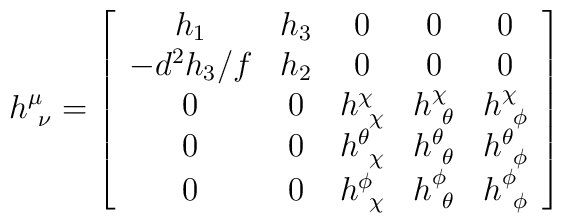
h^\mu_{~\nu} = \left [\begin{array}{ccccc}h_1& h_3 & 0 & 0 & 0 \\-d^2 h_3 /f & h_2 & 0 & 0 & 0 \\0 & 0 & h^\chi_{~\chi} & h^\chi_{~\theta} & h^\chi_{~\phi} \\0 & 0 & h^\theta_{~\chi} & h^\theta_{~\theta} & h^\theta_{~\phi} \\0 & 0 & h^\phi_{~\chi} & h^\phi_{~\theta} & h^\phi_{~\phi} \end{array}\right ]